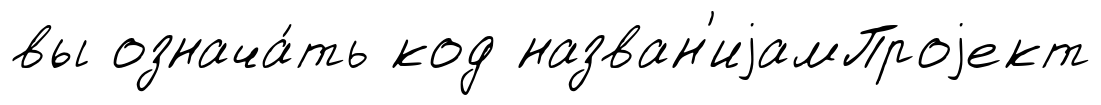
вы означа́ть код назван'иjамПроjект